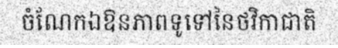
ចំណែកឯឱនភាពទូទៅនៃថវិកាជាតិ